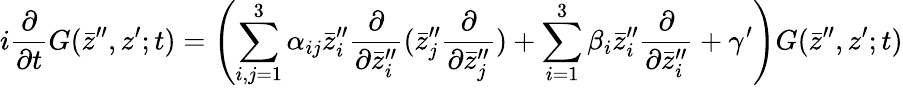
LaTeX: i\frac{\partial}{\partial t}G(\bar{z}^{\prime\prime},z^{\prime};t)=\left(\sum_{i,j=1}^{3}\alpha_{ij}\bar{z}_{i}^{\prime\prime}\frac{\partial}{\partial\bar{z}_{i}^{\prime\prime}}(\bar{z}_{j}^{\prime\prime}\frac{\partial}{\partial\bar{z}_{j}^{\prime\prime}})+\sum_{i=1}^{3}\beta_{i}\bar{z}_{i}^{\prime\prime}\frac{\partial}{\partial\bar{z}_{i}^{\prime\prime}}+\gamma^{\prime}\right)G(\bar{z}^{\prime\prime},z^{\prime};t)